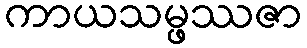
ကာယသမ္ဖဿဇာ